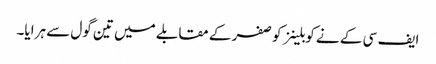
ایف سی کے نے کوبلینز کو صفر کے مقابلے میں تین گول سے ہرایا۔